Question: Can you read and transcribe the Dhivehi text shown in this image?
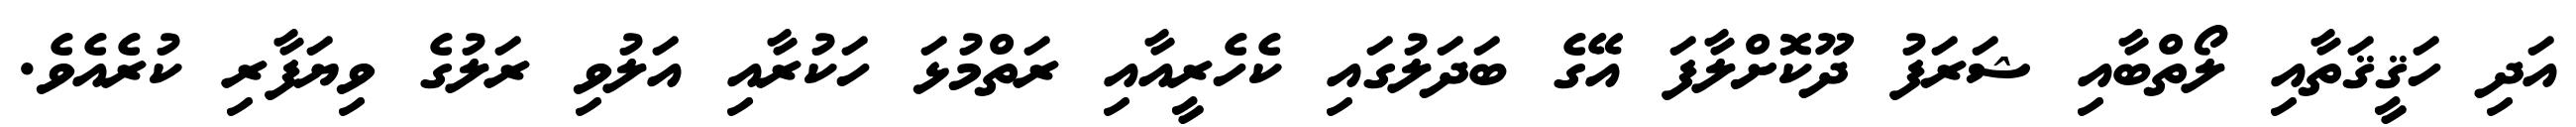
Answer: އަދި ހަޤީޤަތާއި ލޯތްބާއި ޝަރަފު ދޫކޮށްލާފަ އޭގެ ބަދަލުގައި ކެހެރީއާއި ރަތްމުޅަ ހަކުރާއި އަލުވި ރަލުގެ ވިޔަފާރި ކުރެއެވެ.